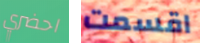
احضري اقسمت